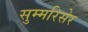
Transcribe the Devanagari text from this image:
सुम्मरिसेर